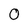
Character: 0